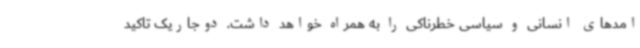
امدهای انسانی و سیاسی خطرناکی را به همراه خواهد داشت. دوجاریک تاکید